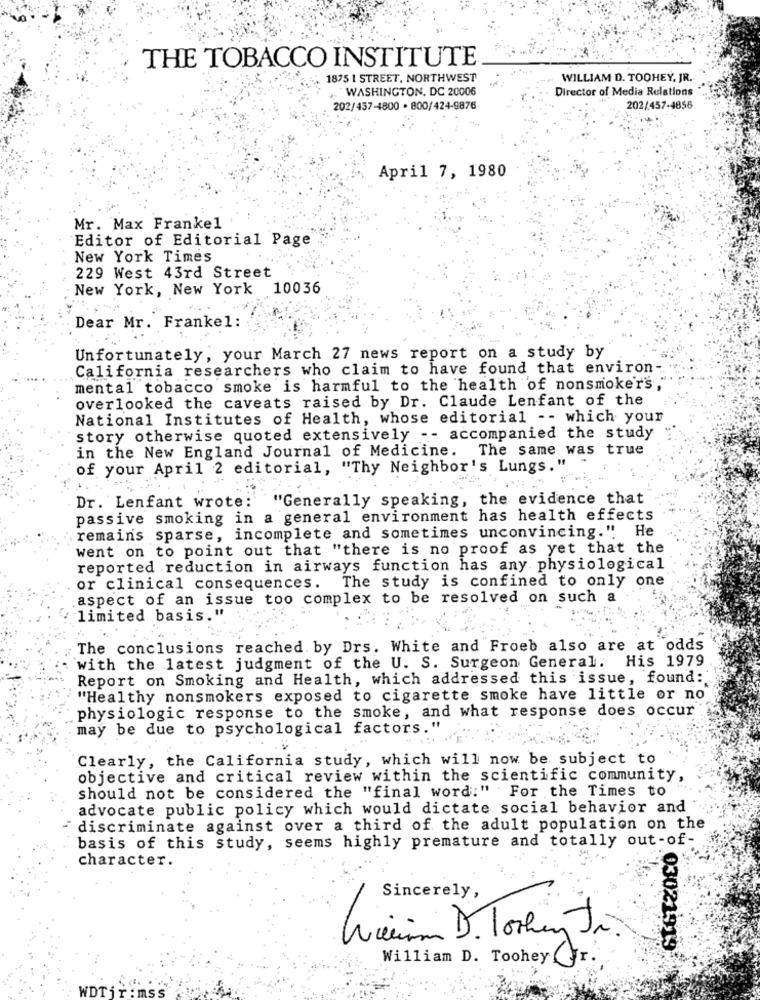
THE TOBACCO INSTITUTE
1875 1 STREET, NORTHWEST
WILLIAM D. TOOHEY, JR.
WASHINGTON, DC 20006
Director of Media Relations
202/457-4800 · 800/424-9876
202/457-4856
April 7, 1980
Mr. Max Frankel
Editor of Editorial Page
New York Times
229 West 43rd Street
New York, New York 10036
Dear Mr. Frankel:
Unfortunately, your March 27 news report on a study by
California researchers who claim to have found that environ-
mental tobacco smoke is harmful to the health of nonsmoker's,
overlooked the caveats raised by Dr. Claude Lenfant of the
National Institutes of Health, whose editorial -- which your
story otherwise quoted extensively -- accompanied the study
in the New England Journal of Medicine. The same was true
of your April 2 editorial, "Thy Neighbor's Lungs."
Dr. Lenfant wrote: "Generally speaking, the evidence that
passive smoking in a general environment has health effects
.remains sparse, incomplete and sometimes unconvincing." He
went on to point out that "there is no proof as yet that the
reported reduction in airways function has any physiological
The study is confined to only one
or clinical consequences.
aspect of an issue too complex to be resolved on such a
limited basis."
The conclusions reached by Drs. White and Froeb also are at odds
with the latest judgment of the U. S. Surgeon General. His 1979
Report on Smoking and Health, which addressed this issue, found:
"Healthy nonsmokers exposed to cigarette smoke have little or no
physiologic response to the smoke, and what response does occur
may be due to psychological factors.
Clearly, the California study, which will now be subject to
objective and critical review within the scientific community,
should not be considered the "final word:" For the Times to
advocate public policy which would dictate social behavior and
discriminate against over a third of the adult population on the
basis of this study, seems highly premature and totally out-of-
character.
Sincerely,
Wir D. Tothey Jr.
03021919
William D. Toohey Fr.
WDTi